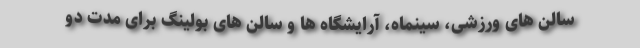
سالن های ورزشی، سینماه، آرایشگاه ها و سالن های بولینگ برای مدت دو